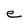
Character: e